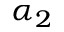
\alpha _ { 2 }